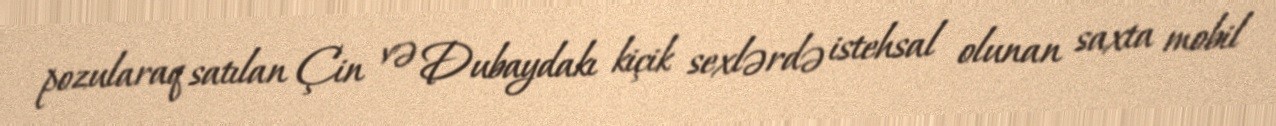
pozularaq satılan Çin və Dubaydakı kiçik sexlərdə istehsal olunan saxta mobil